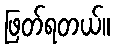
ဖြတ်ရတယ်။